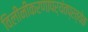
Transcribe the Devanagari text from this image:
विलीनीकरणापर्यंतप्रत्येक